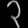
Digit: ၃